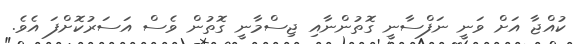
ކުއްޖާ އަށް ވަނީ ނަފްސާނީ ގޮތުންނާއި ޖިސްމާނީ ގޮތުން ވެސް އަސަރުކޮށްފަ އެވެ.